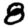
Digit: 8